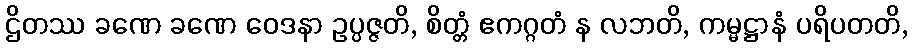
ဌိတဿ ခဏေ ခဏေ ဝေဒနာ ဥပ္ပဇ္ဇတိ, စိတ္တံ ဧကဂ္ဂတံ န လဘတိ, ကမ္မဋ္ဌာနံ ပရိပတတိ,